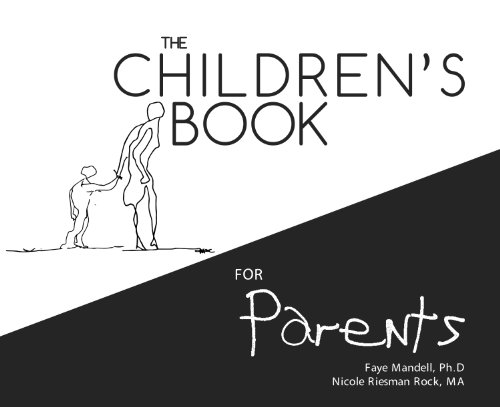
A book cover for The Children's Book for Parents; Faye Mandell; Parenting & Relationships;